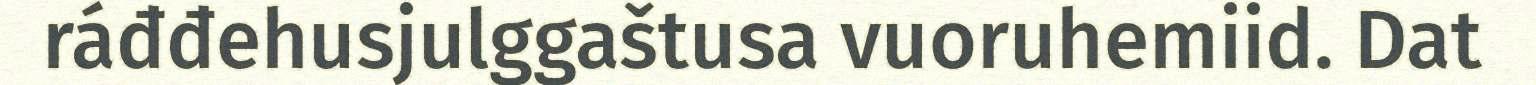
ráđđehusjulggaštusa vuoruhemiid. Dat